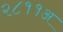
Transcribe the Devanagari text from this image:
२८११अ